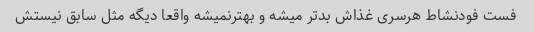
فست فودنشاط هرسری غذاش بدتر میشه و بهترنمیشه واقعا دیگه مثل سابق نیستش